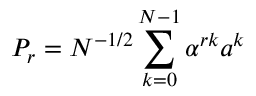
P _ { r } = N ^ { - 1 / 2 } \sum _ { k = 0 } ^ { N - 1 } \alpha ^ { r k } a ^ { k }